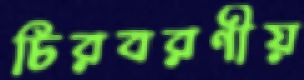
চিরবরণীয়